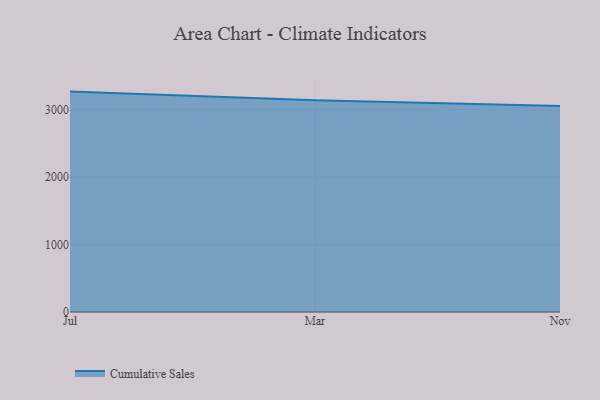
{"axis": {"x": "Month", "y": "Gross Profit (USD K)"}, "legend": ["Cumulative Sales"], "data": [{"x": "Jul", "y": 3270.7, "type": "Cumulative Sales"}, {"x": "Mar", "y": 3143.2, "type": "Cumulative Sales"}, {"x": "Nov", "y": 3056.2, "type": "Cumulative Sales"}]}